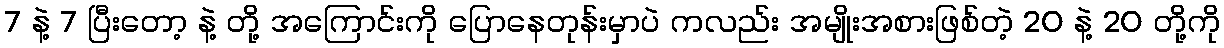
7 နဲ့ 7 ပြီးတော့ နဲ့ တို့ အကြောင်းကို ပြောနေတုန်းမှာပဲ ကလည်း အမျိုးအစားဖြစ်တဲ့ 20 နဲ့ 20 တို့ကို